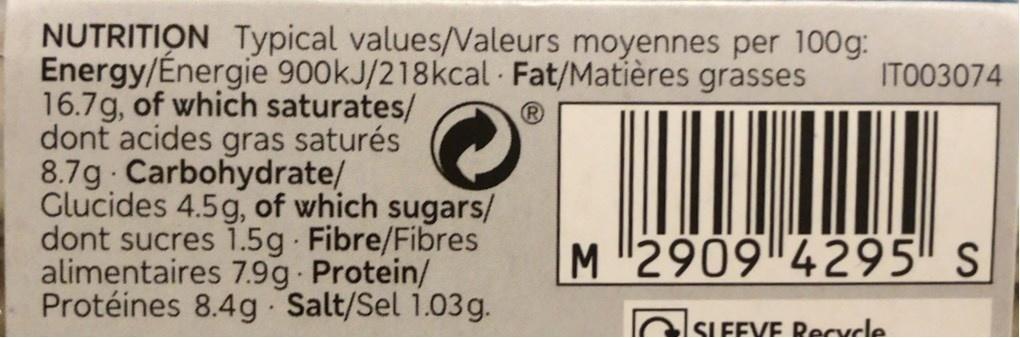
NUTRITION Typical values/Valeurs moyennes per 100g: Energy/Énergie 900KJ/218kcal Fat/Matières grasses 16.7g, of which saturates/ dont acides gras saturés 8.7g Carbohydrate/ Glucides 4.5g, of which sugars/ dont sucres 1.5g Fibre/Fibres alimentaires 7.9g Protein/ Protéines 8.4g Salt/Sel 1.03g.
ITO03074
M2909 4295" s
SLEEVE Recycle.